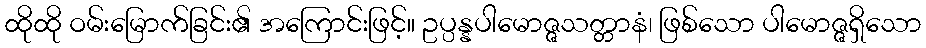
ထိုထို ဝမ်းမြောက်ခြင်း၏ အကြောင်းဖြင့်။ ဥပ္ပန္နပါမောဇ္ဇသတ္တာနံ၊ ဖြစ်သော ပါမောဇ္ဇရှိသော